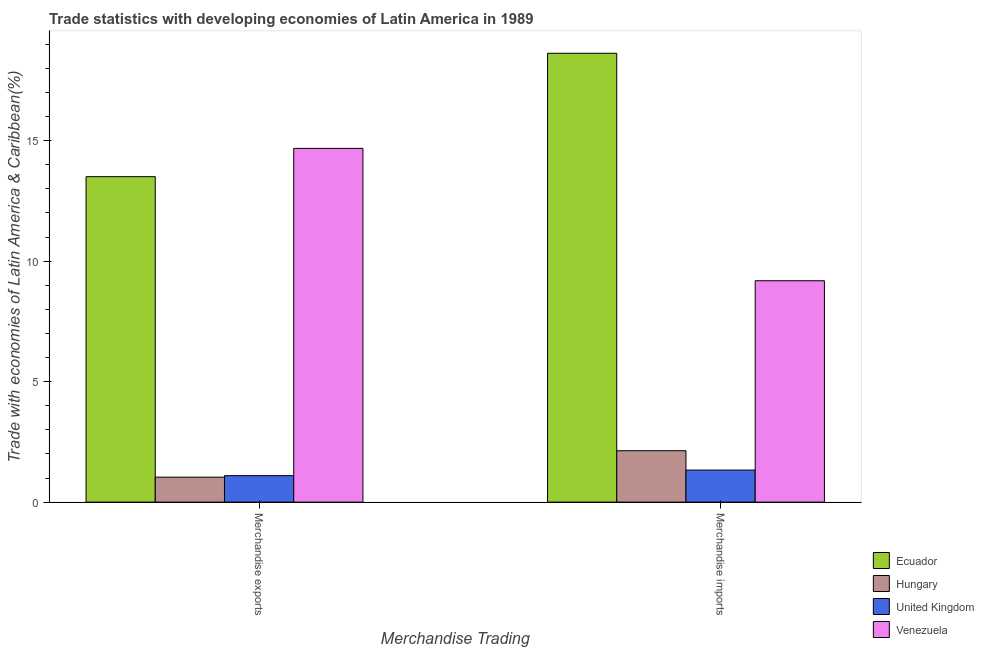
| Merchandise Trading | Ecuador | Hungary | United Kingdom | Venezuela |
 | --- | --- | --- | --- | --- |
 | Merchandise exports | 13.5 | 1.04 | 1.1 | 14.7 |
 | Merchandise imports | 18.6 | 2.13 | 1.33 | 9.19 |